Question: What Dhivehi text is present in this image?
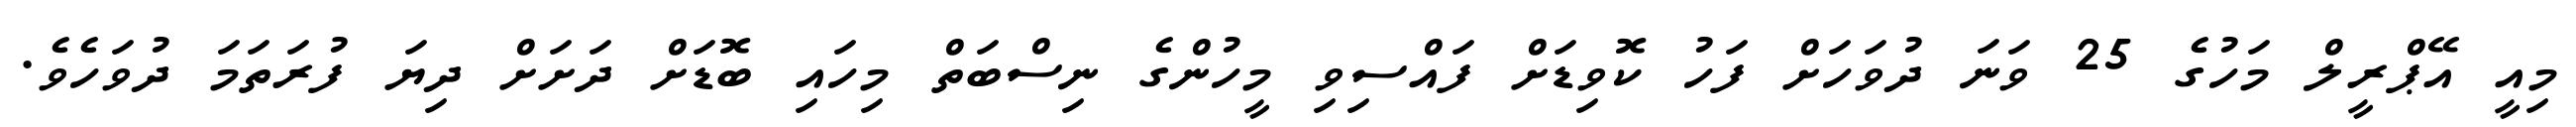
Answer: މިއީ އޭޕްރީލް މަހުގެ 25 ވަނަ ދުވަހަށް ފަހު ކޮވިޑަށް ފައްސިވި މީހުންގެ ނިސްބަތް މިހައި ބޮޑަށް ދަށަށް ދިޔަ ފުރަތަމަ ދުވަހެވެ.